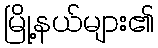
မြို့နယ်များ၏